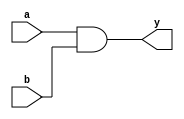
`ifndef AND_BH
`define AND_BH

module and_bh(y, a, b);
    input a,b;
    output reg y;

    always@(*)
        y = a & b;

endmodule
`endif